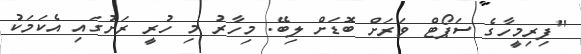
"ފިރިމީހާގެ ސަޕޯޓް ވަރަށް ބޮޑަށް ލިބޭ. މިހާރު މި ހުރީ ރަށުގައި އެކަމަކު